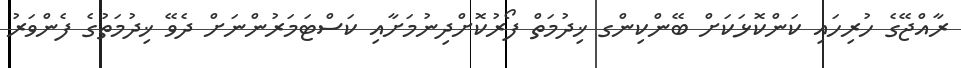
ރާއްޖޭގެ ހުރިހައި ކަންކޮޅަކަށް ބޭންކިންގ ޚިދުމަތް ފޯރުކޮށްދިނުމަށާއި ކަސްޓަމަރުންނަށް ދެވޭ ޚިދުމަތުގެ ފެންވަރު